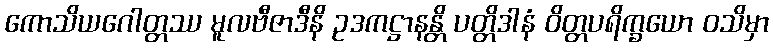
ကောသိယဂေါတ္တဿ မူလဗီဇာဒီနိ ဥဒကဋ္ဌာနန္တိ ပတ္တိဒါနံ ဝိတ္တပရိက္ခယော ဝသိမှာ